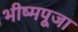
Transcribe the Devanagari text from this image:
भीष्मपूजा